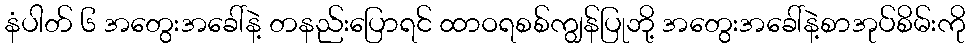
နံပါတ် ၆ အတွေးအခေါ်နဲ့ တနည်းပြောရင် ထာဝရစစ်ကျွန်ပြုဘို့ အတွေးအခေါ်နဲ့စာအုပ်စိမ်းကို